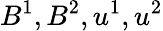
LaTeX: B^{1},B^{2},u^{1},u^{2}